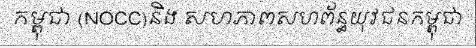
កម្ពុជា (NOCC)និង សហភាពសហព័ន្ធយុវជនកម្ពុជា